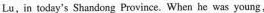
Lu, in today's Shandong Province. When he was young,